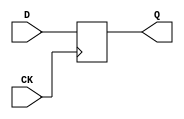
module libhdl_dffN
#(  parameter N = 1)
(   input  wire         CK,
    input  wire [N-1:0] D,
    output reg  [N-1:0] Q);

always @ (posedge CK)
    Q <= D;

endmodule